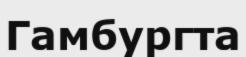
Гамбургта